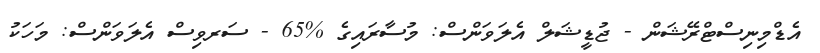
އެޑްމިނިސްޓްރޭޝަން - ޖުޑީޝަލް އެލަވަންސް: މުސާރައިގެ %65 - ސަރވިސް އެލަވަންސް: މަހަކު